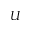
U